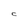
Character: C